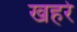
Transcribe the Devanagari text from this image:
खहरे